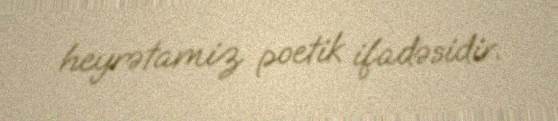
heyrətamiz poetik ifadəsidir.